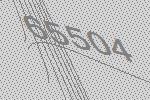
65504